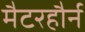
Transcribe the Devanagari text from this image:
मैटरहौर्न